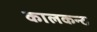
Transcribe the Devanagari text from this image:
कालकन्ठ